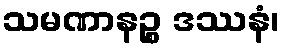
သမဏာနဉ္စ ဒဿနံ၊